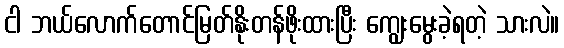
ငါ ဘယ်လောက်တောင်မြတ်နိုးတန်ဖိုးထားပြီး ကျွေးမွေးခဲ့ရတဲ့ သားလဲ။